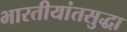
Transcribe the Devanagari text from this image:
भारतीयांतसुद्धा